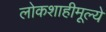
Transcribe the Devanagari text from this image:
लोकशाहीमूल्ये